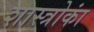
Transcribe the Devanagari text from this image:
शास्त्रोकां